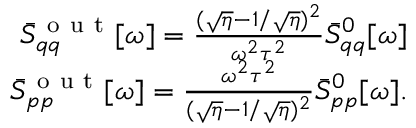
\begin{array} { r } { \bar { S } _ { q q } ^ { \mathrm { ~ o ~ u ~ t ~ } } [ \omega ] = \frac { ( \sqrt { \eta } - 1 / \sqrt { \eta } ) ^ { 2 } } { \omega ^ { 2 } \tau ^ { 2 } } \bar { S } _ { q q } ^ { 0 } [ \omega ] } \\ { \bar { S } _ { p p } ^ { \mathrm { ~ o ~ u ~ t ~ } } [ \omega ] = \frac { \omega ^ { 2 } \tau ^ { 2 } } { ( \sqrt { \eta } - 1 / \sqrt { \eta } ) ^ { 2 } } \bar { S } _ { p p } ^ { 0 } [ \omega ] . } \end{array}